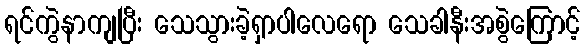
ရင်ကွဲနာကျပြီး သေသွားခဲ့ရှာပါလေရော သေခါနီးအစွဲကြောင့်